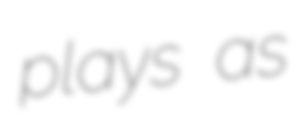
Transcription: plays as